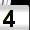
Digit: 4